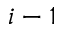
i - 1